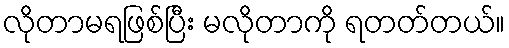
လိုတာမရဖြစ်ပြီး မလိုတာကို ရတတ်တယ်။